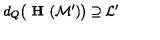
d _ { Q } \big ( \textbf { H } ( \mathcal { M } ^ { \prime } ) \big ) \supseteq \mathcal { L } ^ { \prime }